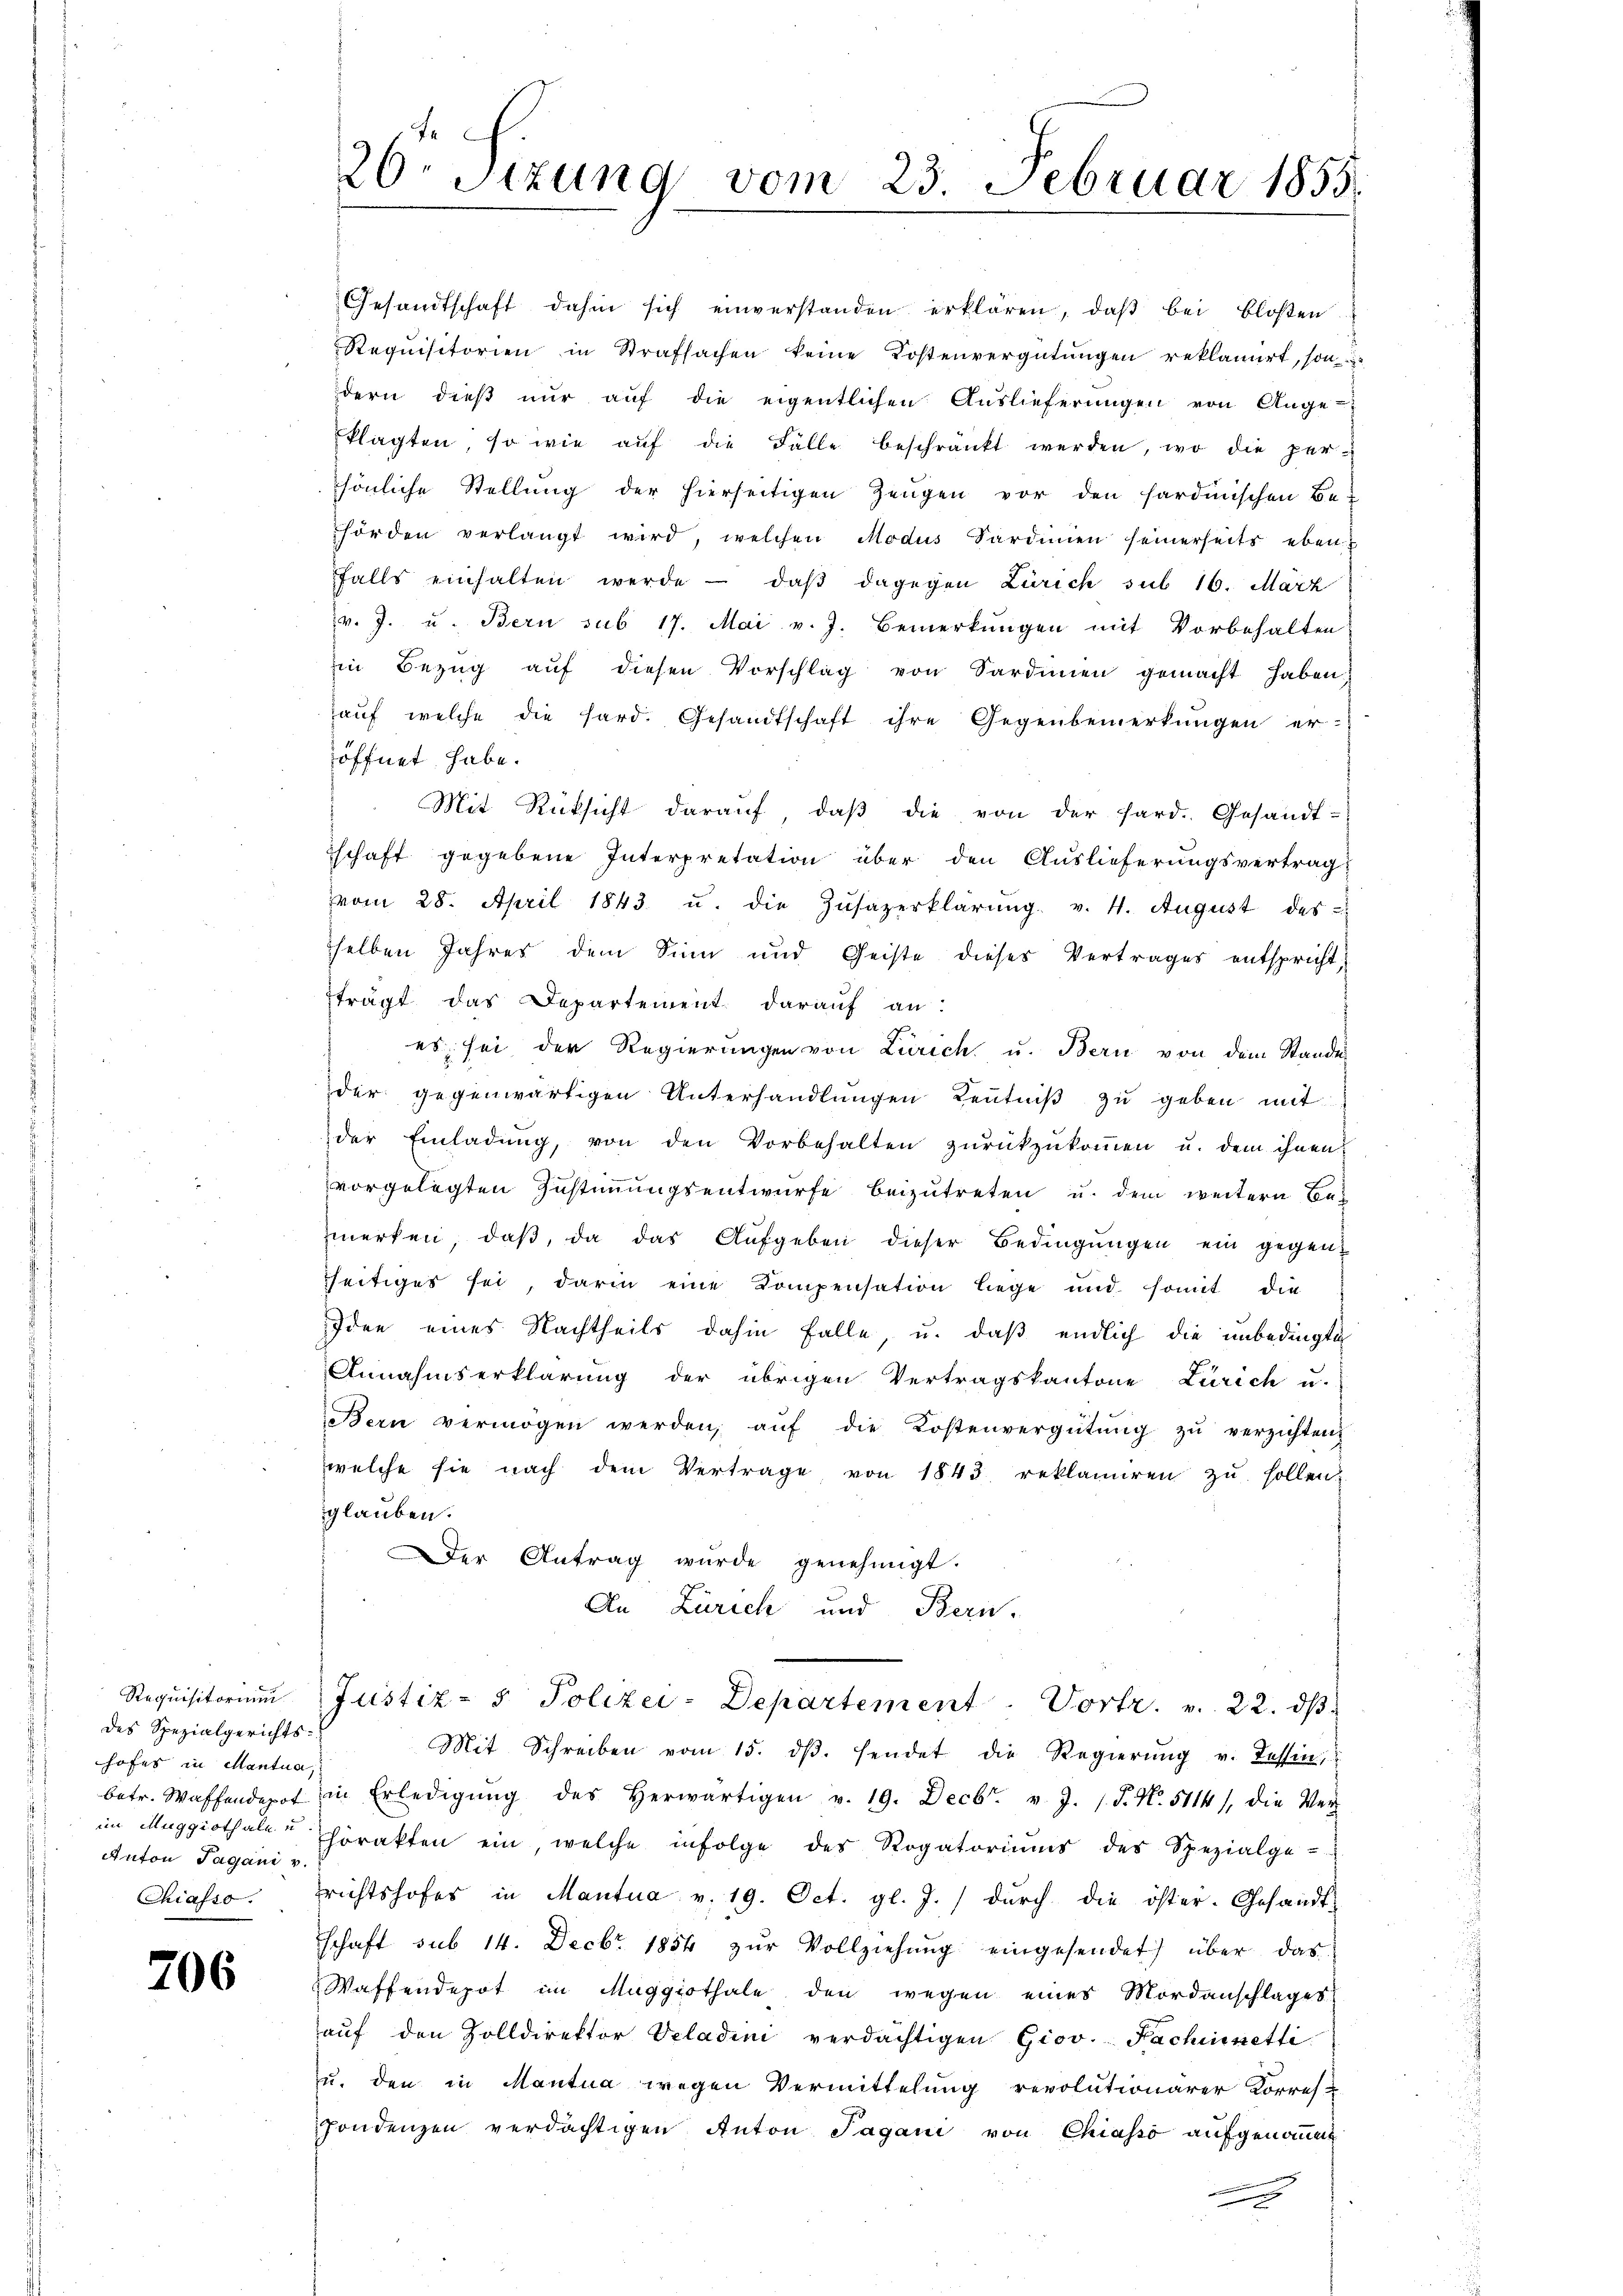
des Spezialgerichts-
hofes in Mantua,
Anton Tagani v.

706

Gesandtschaft dahin sich einverstanden erklären, daβ bei bloßen
Requisitorien in Strafsachen keine Kostenvergütŭngen reklamirt, son-
dern dieβ nŭr aŭf die eigentlichen Auslieferŭngen von Ange-
klagten, so wie auf die Fälle beschränkt werden, wo die persönliche Stellung der hierseitigen Zeŭgen vor den sardinischen Be-
hörden verlangt wird, welchen Modus Sardinien seinerseits eben
falls einhalten werde - daβ dagegen Zürich sub 16. März
v. J. u. Bern sub 17. Mai v. J. Bemerkungen mit Vorbehalten
in Bezug auf diesen Vorschlag von Sardinien gemacht haben,
auf welche die Hard. Gesandtschaft ihre Gegenbemerkungen er-
öffnet habe.
Mit Rüksicht darauf, daß die von der fard. Gesandt-
schaft gegebene Interpretation über den Auslieferungsvertrag
vom 28. April 1843 u. die Zŭsazerklärŭng v. 4. August des
selben Jahres dem Sinn und Geiste dieses Vertrages entspricht,
trägt das Departement darauf an:
es sei der Regierŭngen von Zürich u. Bern von dem Stande
der gegenwärtigen Unterhandlŭngen Keṅtniβ zŭ geben mit
der Einladŭng, von den Vorbehalten zŭrückzŭkoṁen u. dem ihnen
vorgelegten Zustimmungsentwurfe beizutreten u. dem weitern Bemerken, daβ, da das Aŭfgeben dieser Bedingŭngen ein gegen-
seitiges sei, darin eine Kompensation liege und somit die
Idee eines Nachtheils dahin falle, u. daß endlich die unbedingte
Annahmserklärung der übrigen Vertragskantone Zürich u.
Bern vermögen werden, aŭf die Kostenvergütŭng zŭ verzichten,
welche sie nach dem Vertrage von 1843 reklamiren zu sollen.
glauben.
der Antrag wurde genehmigt.
An Zürich und Bern.
Requisitorium Justiz- & Polizei-Departement. Vortr. v. 22. dβ
Mit Schreiben vom 15. dβ. sendet die Regierŭng v. Tessin,
betr. Waffendepot in Erledigŭng des herwärtigen v. 19. Decbr. v. J. P. N. 5114), die Ver-
im Muggithaler hörakten ein, welche infolge des Rogatoriŭms des Spezialge-
Chiasso. Erichtshofes in Mantua v. 19. Oct. gl. J.) durch die öster. Gesandt-
schaft sub 14. Decbr. 1854 zŭr Vollziehŭng eingesendet) über das
Waffendepot im Maggithale den wegen eines Mordanschlages
aŭf den Zolldirektor Veladini verdächtigen Giov. Fachinetti
u. den in Mantua wegen Vermittelung revolutionärer Korres
pondenzen verdächtigen Anton Pagani von Chiasso aufgenomme
g

26 Stzung vom 23. Februar 1855.